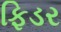
ફિડર